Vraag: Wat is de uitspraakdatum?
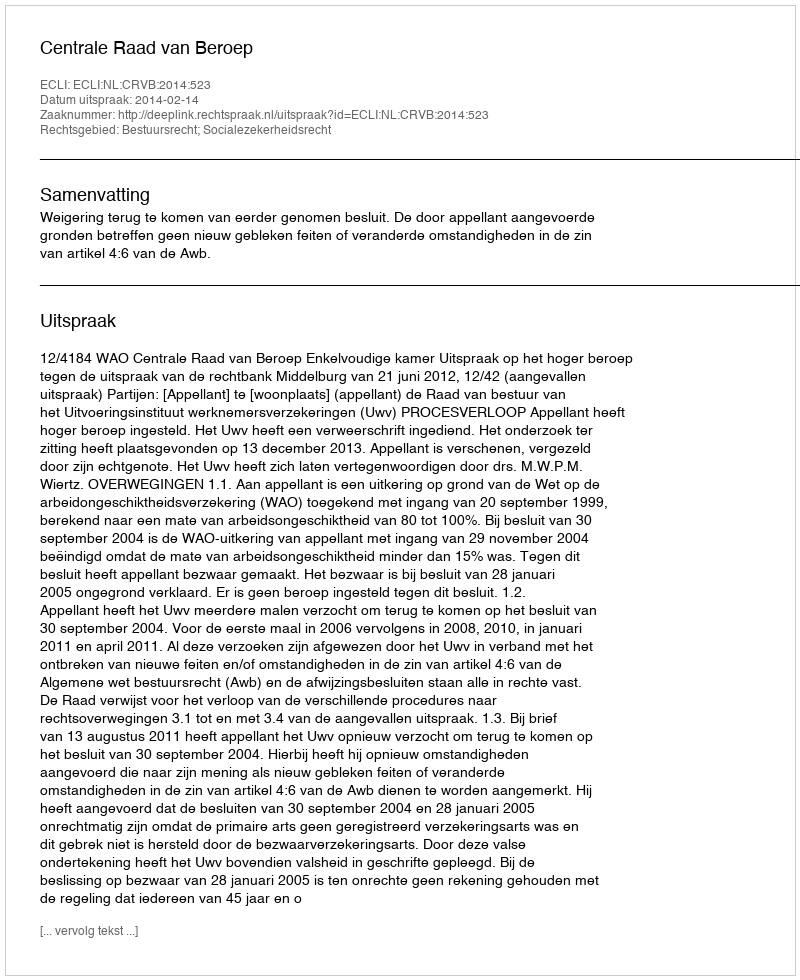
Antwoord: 2014-02-14